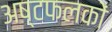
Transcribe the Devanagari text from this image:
अष्टफलकों